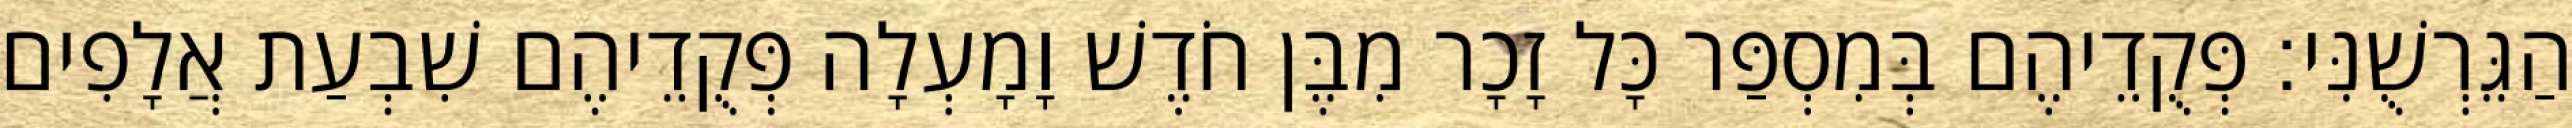
הַגֵּרְשֻׁנִּי׃ פְּקֻדֵיהֶם בְּמִסְפַּר כָּל זָכָר מִבֶּן חֹדֶשׁ וָמָעְלָה פְּקֻדֵיהֶם שִׁבְעַת אֲלָפִים